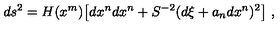
d s ^ { 2 } = H ( x ^ { m } ) \bigl [ d x ^ { n } d x ^ { n } + S ^ { - 2 } ( d \xi + a _ { n } d x ^ { n } ) ^ { 2 } \bigr ] \ ,